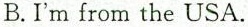
B.I'm from the USA.